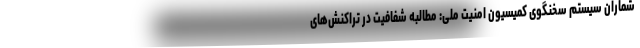
شماران سیستم سخنگوی کمیسیون امنیت ملی: مطالبه شفافیت در تراکنش‌های